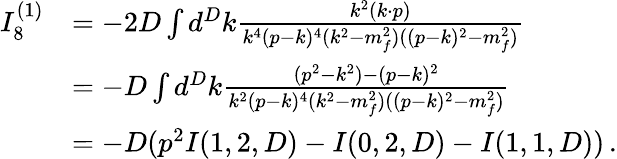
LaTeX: \begin{array}{rl}{I_{8}^{(1)}}&{=-2D\int d^{D}k\frac{k^{2}(k\cdot p)}{k^{4}(p-k)^{4}(k^{2}-m_{f}^{2})((p-k)^{2}-m_{f}^{2})}}\\ &{=-D\int d^{D}k\frac{(p^{2}-k^{2})-(p-k)^{2}}{k^{2}(p-k)^{4}(k^{2}-m_{f}^{2})((p-k)^{2}-m_{f}^{2})}}\\ &{=-D(p^{2}I(1,2,D)-I(0,2,D)-I(1,1,D))\, .}\end{array}